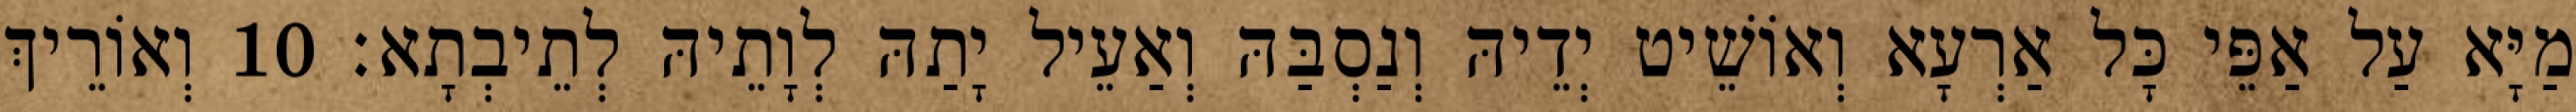
מַיָּא עַל אַפֵּי כָּל אַרְעָא וְאוֹשֵׁיט יְדֵיהּ וְנַסְבַּהּ וְאַעֵיל יָתַהּ לְוָתֵיהּ לְתֵיבְתָא׃ 10 וְאוֹרֵיךְ